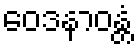
ဝေဒနာဝန္တံ